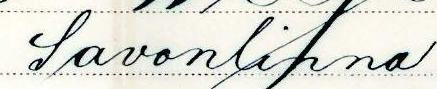
Savonlinna